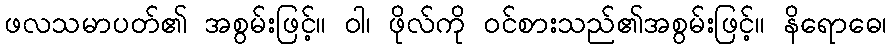
ဖလသမာပတ်၏ အစွမ်းဖြင့်။ ဝါ၊ ဖိုလ်ကို ဝင်စားသည်၏အစွမ်းဖြင့်။ နိရောဓေ၊